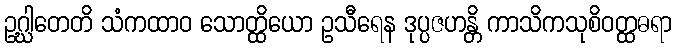
ဥဂ္ဃါတေတိ သံကထာဝ သောတ္ထိယော ဥသီရေန ဒုပ္ပဇဟန္တိ ကာသိကသုစိဝတ္ထဓရာ